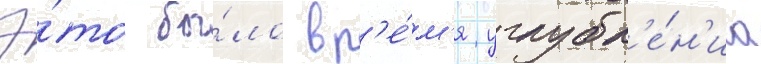
Э́то бы́ло вр'е́м'я углубл'е́н'иа